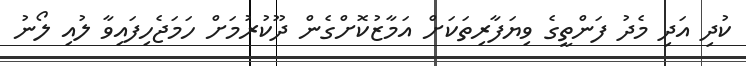
ކުދި އަދި މެދު ފަންތީގެ ވިޔަފާރިތަކަށް އަމާޒުކޮށްގެން ދޫކުރުމަށް ހަމަޖެހިފައިވާ ލުއި ލޯނު